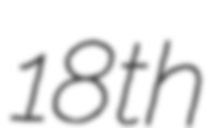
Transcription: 18th